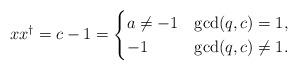
LaTeX: \begin{align*}xx^\dagger=c-1&= \begin{cases} a\ne -1& \gcd(q,c)= 1,\\ -1 & \gcd(q,c)\ne 1. \end{cases}\end{align*}